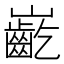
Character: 𪩟